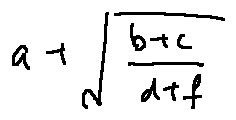
a + \sqrt { \frac { b + c } { d + f } }